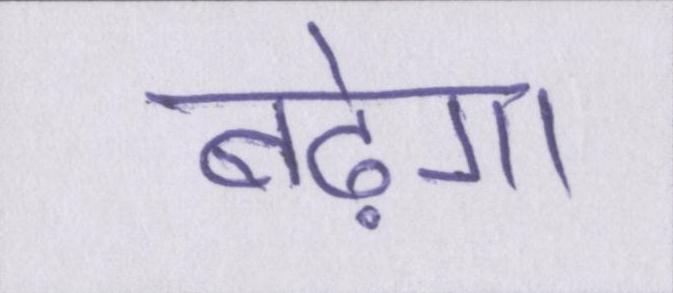
बढ़ेगा